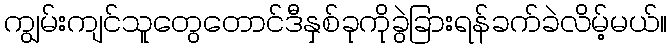
ကျွမ်းကျင်သူတွေတောင်ဒီနှစ်ခုကိုခွဲခြားရန်ခက်ခဲလိမ့်မယ်။